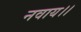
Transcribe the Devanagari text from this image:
नवाय।।